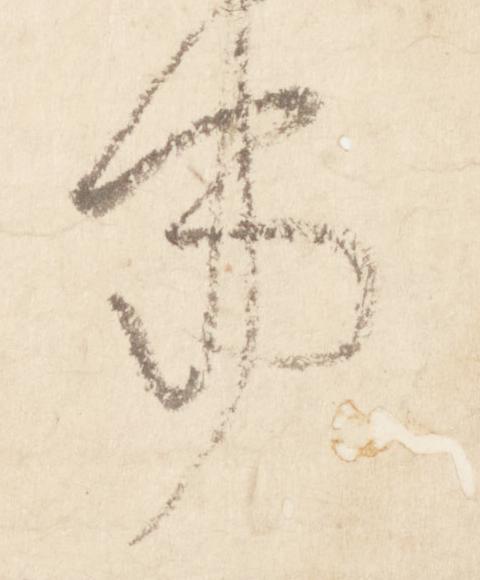
事